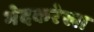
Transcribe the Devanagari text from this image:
भेदकरेखा